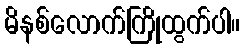
မိနစ်လောက်ကြိုထွက်ပါ။